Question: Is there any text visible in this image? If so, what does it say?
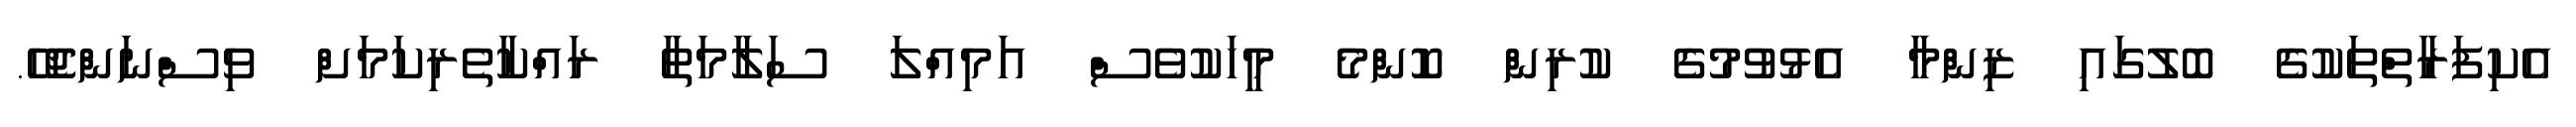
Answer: އެކިފަރާތްތަކުގެ ބޮލުގައި ޒިންމާ އެޅުވުމުގެ ކުރިން ކޮންމެ މީހަކުވެސް އަމިއްލަ ސަލާމަތާ ރައްކާތެރިކަމަށް ވިސްނަންޖެހޭ.